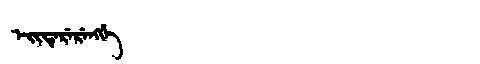
Manchu: ᡝᡳᡨᡝᡵᡝᡵᡝᠩᡤᡝ
Romanization: EITERERENGGE